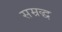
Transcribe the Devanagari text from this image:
सम्रद्ध